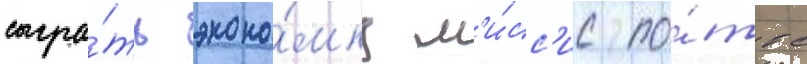
сыгра́ть эконо́мку м'и́сс'ис по́ттс